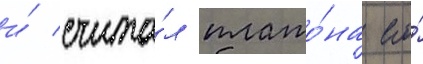
и́ счита́л плато́на его́